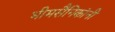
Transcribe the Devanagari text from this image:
भीमसैनिकांनी